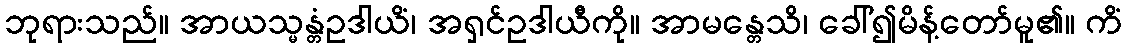
ဘုရားသည်။ အာယသ္မန္တံဥဒါယိံ၊ အရှင်ဥဒါယီကို။ အာမန္တေသိ၊ ခေါ်၍မိန့်တော်မူ၏။ ကိံ